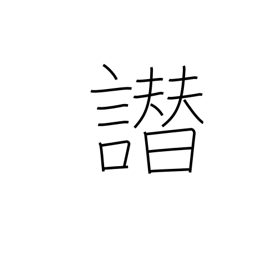
Meaning: false accusation